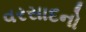
વરસાદનો